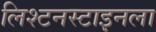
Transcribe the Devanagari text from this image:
लिश्टनस्टाइनला